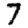
Digit: 7